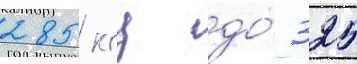
285 кгц до́ 325